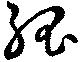
孤